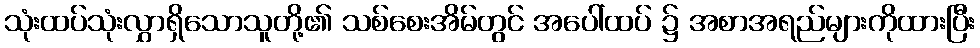
သုံးထပ်သုံးလွှာရှိသောသူတို့၏ သစ်စေးအိမ်တွင် အပေါ်ထပ် ၌ အစာအရည်များကိုထားပြီး